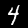
Digit: 4